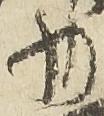
少